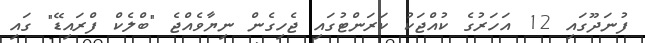
ފުނަދޫގައި 12 އަހަރުގެ ކުއްޖަކު ކަރަންޓުގައި ޖެހިގެން ނިޔާވެއްޖެ "ބްލެކް ފްރައިޑޭ" ގައި